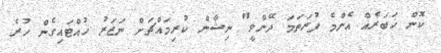
ކޮން ޚަބަރެއް އެންމެ ފުރަތަމަ ދޭންވީ" ނިޝާން ކުރިމައްޗަށް ނަޒަރު ހުއްޓައިގެން ހުރެ